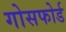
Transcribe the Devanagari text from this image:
गोसफोर्ड